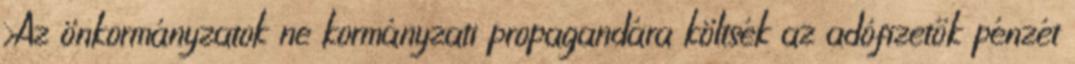
›Az önkormányzatok ne kormányzati propagandára költsék az adófizetők pénzét